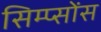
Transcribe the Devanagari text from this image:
सिम्प्सोंस